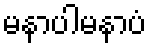
မနာပါမနာပံ